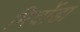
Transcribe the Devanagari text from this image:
मिर्चोडा